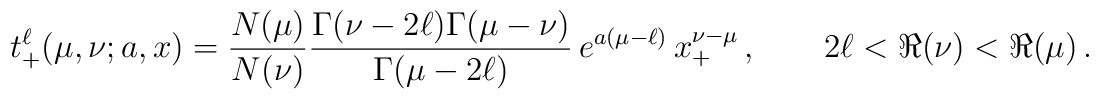
t^\ell_+(\mu,\nu;a,x) =  \frac{N(\mu)}{N(\nu)}  \frac{\Gamma(\nu-2\ell)\Gamma(\mu-\nu)}{\Gamma(\mu-2\ell)}\, e^{a(\mu-\ell)}\,  x^{\nu-\mu}_+\,, \qquad  2\ell < \Re(\nu) < \Re(\mu) \,.